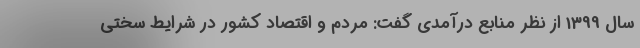
سال 1399 از نظر منابع درآمدی گفت: مردم و اقتصاد کشور در شرایط سختی